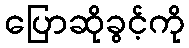
ပြောဆိုခွင့်ကို